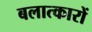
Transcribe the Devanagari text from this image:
बलात्कारों